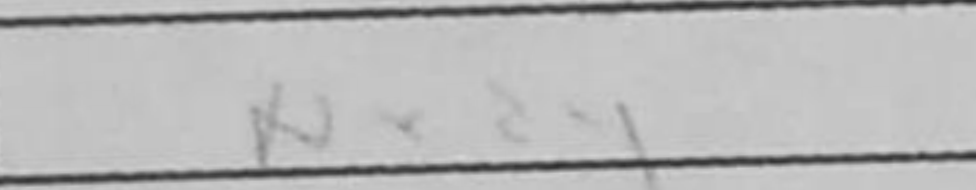
Transcription: Nxd4